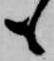
も